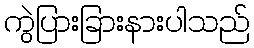
ကွဲပြားခြားနားပါသည်